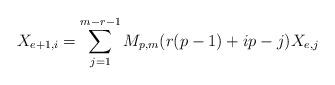
LaTeX: \begin{align*}X_{e+1,i} &= \sum_{j=1}^{m-r-1}M_{p,m}(r(p-1) + ip - j)X_{e,j}\end{align*}